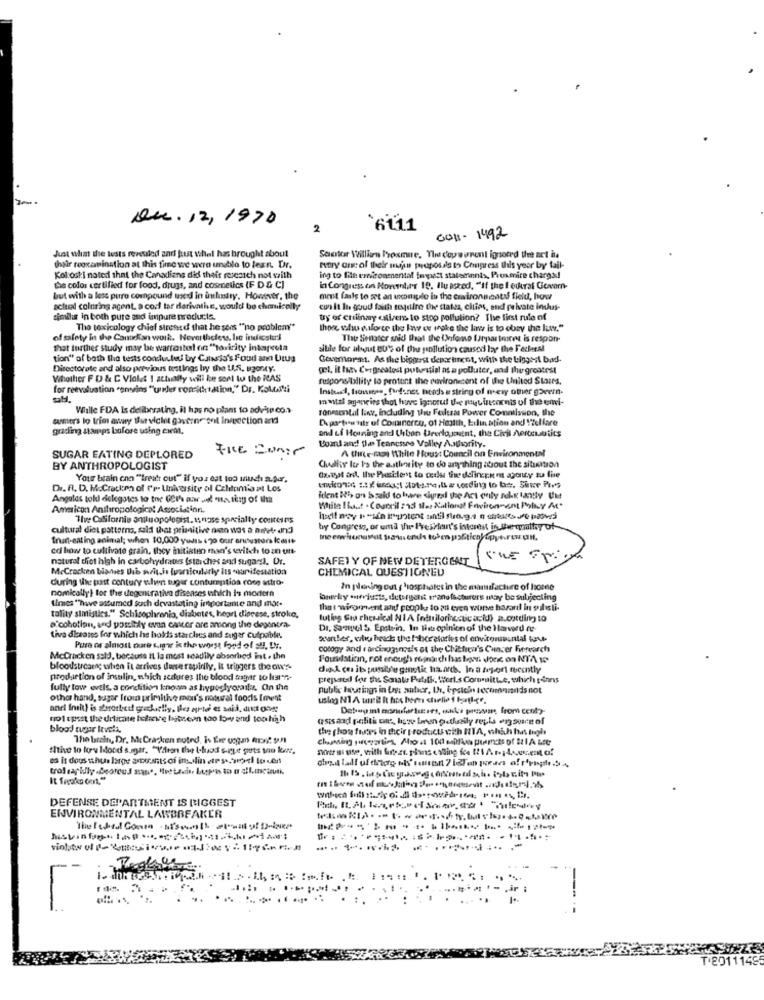
Q4.12,1970
2
$6111
0011- 1492
Just what the tests revealed and just sthel has brought about
Seotor Willian Proxmue, The dowurent ignored the act in
their reoxamination at this timewe were unblo to lern. Dr.
eutry one of their majin proposals to Chupress this year by tail-
Kol:osti noted that the Canadians did their research not with
ing to file erironmental fmiast statements, Proxmire charge!
De color certified for food, drugs, and cosmetics (F D & C)
in Congress on Hornher 19. Ilu asked, "If the f eukral Govern-
but with a less pure compound used in unlustry. However, the
mest fails to set an uncomple in the cuadrona ents field, how
actuel colning agent. a cod tor derivative, would bo chemically
cun it In good faith tedire the statea, clues, and pelvate indus-
similis in both pure and impure products.
try of culinary citizens to stop pollution? The first rule of
The toxicology chief stressd that he sers ""no problem"
those who enforce the law er make the law is to obey the luw."
of safety in the Candkan work. Nevertheless, he indicsters
The Senater said that the INfeno Urparinitet is respon-
that further study may be warfaite! on "tosirity inkapeuta
sible for about 80's of the pollution caused laye the Federal
tion" of bath the tests conducted! by Caixcis's Food and Drug
Govemorat. As the biggest deixr trent, with the biggest bad-
Directorate and also previous testings by the U.S. Bzony.
gel. it high Cergreatest putunstial as a polluter, and thegreatest
Whether F D & C Violet 1 athially will be sent to the RAS
fuiponsibility to protunt the endronscent of the United States.
for reevaluation "envins "under ronichtation," Dr. Kokorti
Insbaci, loses, fresnes heads e string of nevy other govern.
matal aganeins thot hove ignorut the ryuiucomnis of the envi-
While FDA Is delibrrating, il has no plans to advise co ..
ronmental liwy, including the Feltsas Power Commission, the
sumers lo trim away thurviclet gaverne ont ingsection and
Deportesstr of Cocineroy, of Health, Edin ation and Welfare
grading stamps bofore using cwent.
and ef Honning and Unbon Drerlopment, the Civil Aertenotits
FRE =unir
Board and De Tennessee Valley Authority.
A (line tao White Hous: Council on Environmental
SUGAR EATING DEPLORED
BY ANTHROPOLOGIST
Chadisy Ite Is the authority to do anything about the situation
Your brain enn "freak out" if you eat too much a.par.
Dr. Fl. D. McCracken of fr- University of Calitomia at Los
Angulas told delegates to toe Geth ar sel us tesy of the
ident H's on Isaid to be diyedl the Act only sex tanty Ue
Ammicon Anthropological Association.
The Californie aniluopologist. 1noise specialty conteins
cultural diet patterns, said that primitive den was a aufet. and
by Congress, or umd yu Freirfan's interest in the quattay of
fran-eating animal; whon 10,000 yudlb 1 70 our enousters k mit
co how to cultivate grain, they initiaten man's wvitch to an uns
natural diot high in carbohydrates (starches and sugars). Dr.
SAFETY OF NEW DETERGENT
McCracken blanes Dab sorit,is (particularly lts ounifestation
CHEMICAL QUESTIONED
during the past century sulven tuger conturaption roce astro-
nomically) tot the degenerativa diseases which is modern
In piening out ; hosphates in the manufacture of home
times "have astumed such devastating importante and mor-
barely wwwjusts, detergent manufacturers may be subjecting
the : wirorient and people to an even worse hazard in pulsli-
tality sintistica." Schizophrenia, diabetes, heart disease, stroke,
tutleg Gru chesical NIA fodtiloriccticacid) a.oxding to
a cohotion, and possibly evan cancer are among the degenera-
Dr. Samuel & Epstein, In that opinion of the Harved tu
tiva diesans for which he holds starches and sugar culpables
wurster, who heads the face'stories of environmental love-
Pure os almost cure suipor is the worst food of sul, Dr.
cologie and e orcinggings's at the Chittica's Cuncer Fiorearch
Mccracken sald, because it la most seadily absorbed int . the
Foundlaticin, rot enough roporchhas born dock on NA w
bloodstreamng when it arrives danse rapidly, it triggers the cox's-
di& co it possible genetic ha arch. In a teport recently
production of insulin, which sedures the blood sogar to list"r.
prepared for the Sonale Putalk. Worl.s Committee, which ISness
fully low wvels, a condition known as hypoglyoraits. On the
public housing in Ung: aulaer, Ur, Gpsich Iccomminds not
other hand, sugar from primitive mour's natural foods foot
no1 test the delicate holice biteen too low and toohhh
astsand politi ons have been getlusily repla on sure of
blood tugar levels,
the phon ficas in their products with NIA, which has byl
The baralt, Dr. Me Cracken noted, Is Ere ucpan Are? 9MM
#Itive to lov Idocd s.agar, "Valion the t-buod s-rye gets too kart,
notai use, with finest plans coding fee (! Ar .; 4.xevent af
os it dous shus borges amounts of insulin etP school louis
DEFENSE DEPARTMENT IS BIGGEST
ENVIRONMENTAL LAWBREAKER
-
--
T'20111495